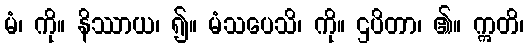
မံ၊ ကို။ နိဿာယ၊ ၍။ မံသပေသိ၊ ကို။ ဌပိတာ၊ ၏။ ဣတိ၊